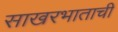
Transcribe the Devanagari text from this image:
साखरभाताची